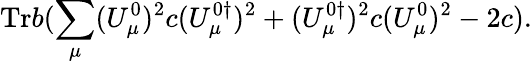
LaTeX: \mathrm{Tr}b(\sum_{\mu}(U_{\mu}^{0})^{2}c(U_{\mu}^{0\dagger})^{2}+(U_{\mu}^{0\dagger})^{2}c(U_{\mu}^{0})^{2}-2c).